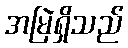
အမြဲရှိသည်